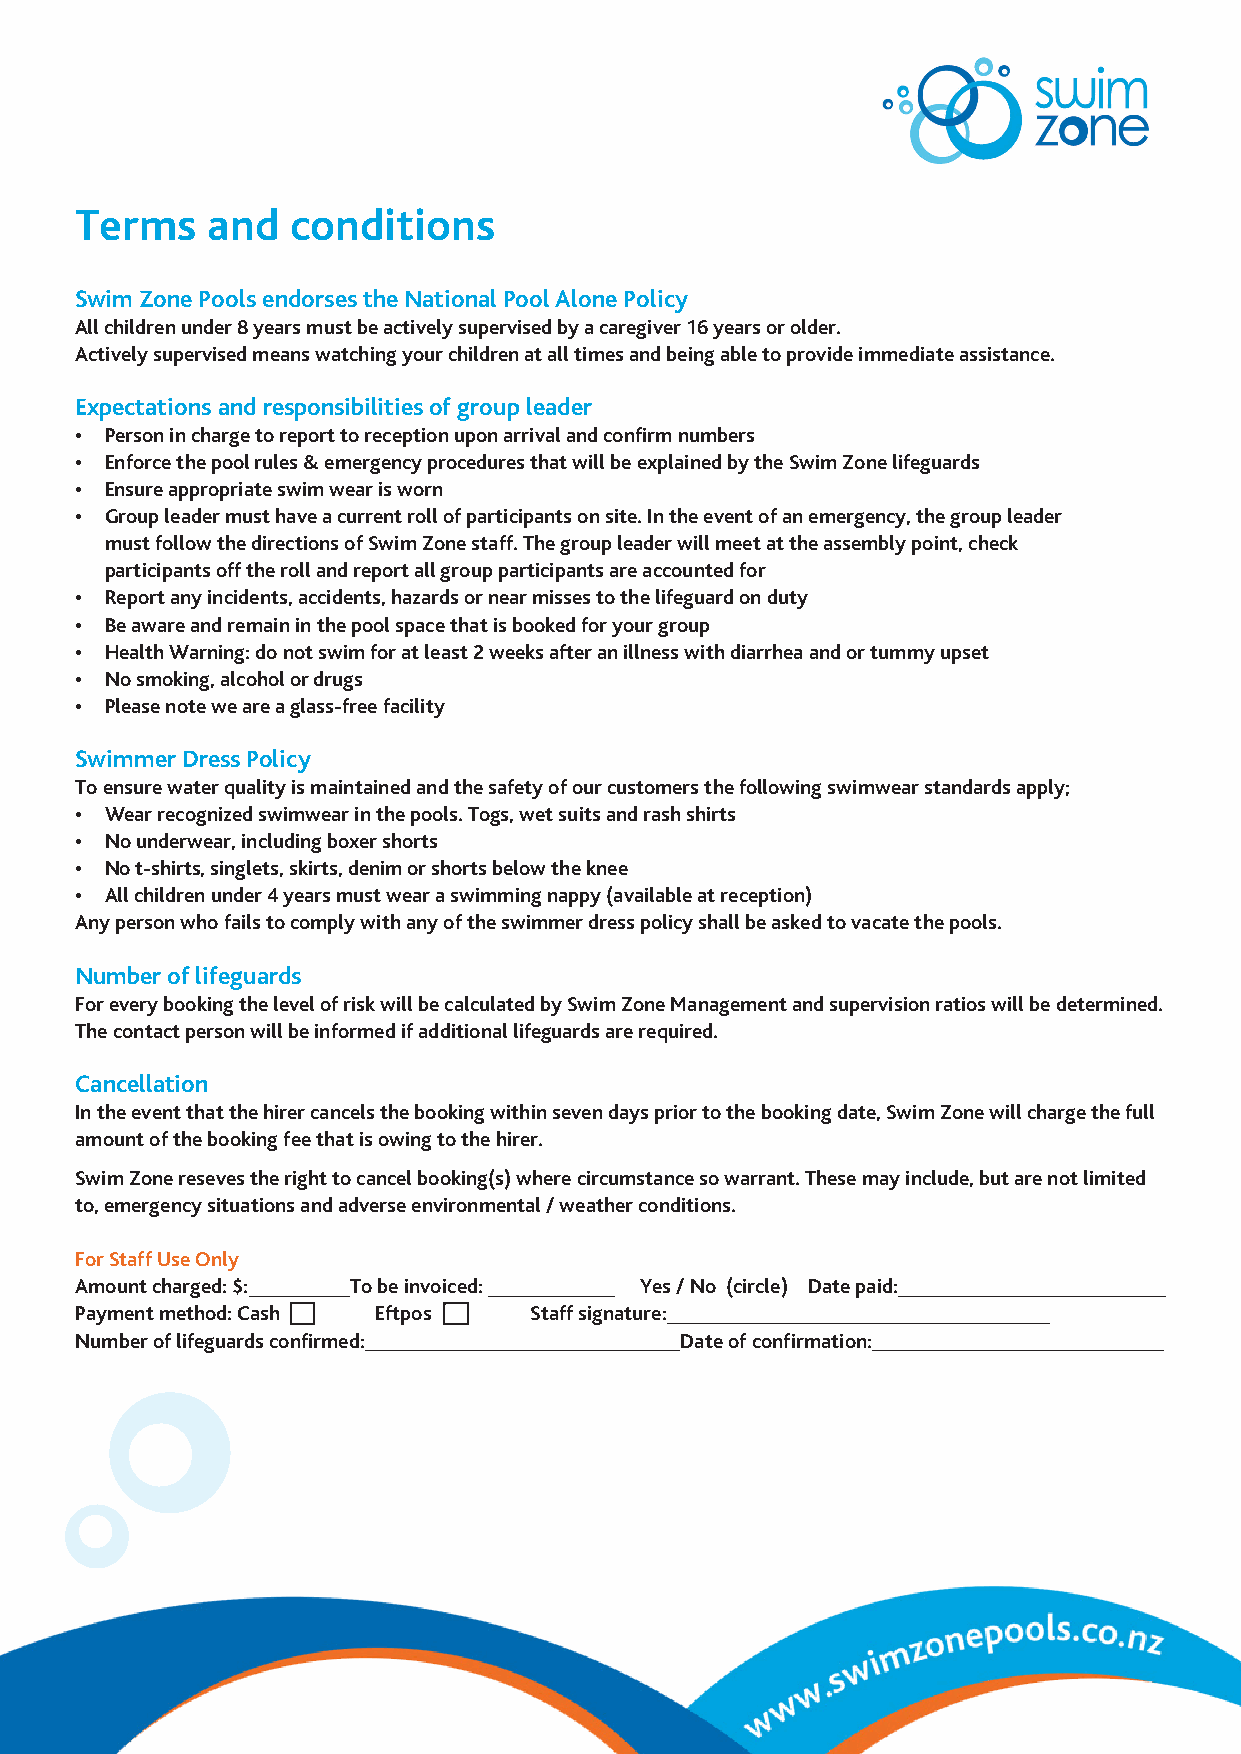
Terms    and  conditions
 Swim Zone Pools endorses the National Pool Alone Policy
 All children under 8 years must be actively supervised by a caregiver 16 years or older.
 Actively supervised means watching your children at all times and being able to provide immediate assistance.
 Expectations and responsibilities of group leader
 • Person in charge to report to reception upon arrival and confirm numbers
 • Enforce the pool rules & emergency procedures that will be explained by the Swim Zone lifeguards
 • Ensure appropriate swim wear is worn
 • Group leader must have a current roll of participants on site. In the event of an emergency, the group leader
 must follow the directions of Swim Zone staff. The group leader will meet at the assembly point, check
 participants off the roll and report all group participants are accounted for
 • Report any incidents, accidents, hazards or near misses to the lifeguard on duty
 • Be aware and remain in the pool space that is booked for your group
 • Health Warning: do not swim for at least 2 weeks after an illness with diarrhea and or tummy upset
 • No smoking, alcohol or drugs
 • Please note we are a glass-free facility
 Swimmer Dress Policy
 To ensure water quality is maintained and the safety of our customers the following swimwear standards apply;
 • Wear recognized swimwear in the pools. Togs, wet suits and rash shirts
 • No underwear, including boxer shorts
 • No t-shirts, singlets, skirts, denim or shorts below the knee
 • All children under 4 years must wear a swimming nappy (available at reception)
 Any person who fails to comply with any of the swimmer dress policy shall be asked to vacate the pools.
 Number of lifeguards
 For every booking the level of risk will be calculated by Swim Zone Management and supervision ratios will be determined.
 The contact person will be informed if additional lifeguards are required.
 Cancellation
 In the event that the hirer cancels the booking within seven days prior to the booking date, Swim Zone will charge the full
 amount of the booking fee that is owing to the hirer.
 Swim Zone reseves the right to cancel booking(s) where circumstance so warrant. These may include, but are not limited
 to, emergency situations and adverse environmental / weather conditions.
 For Staff Use Only
 Amount charged: $: To be invoiced:   Yes / No (circle) Date paid:
 Payment method: Cash Eftpos   Staff signature:
 Number of lifeguards confirmed:         Date of confirmation: